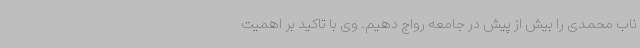
ناب محمدی را بیش از پیش در جامعه رواج دهیم. وی با تاکید بر اهمیت